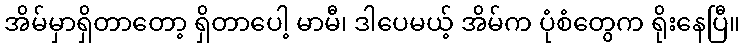
အိမ်မှာရှိတာတော့ ရှိတာပေါ့ မာမီ၊ ဒါပေမယ့် အိမ်က ပုံစံတွေက ရိုးနေပြီ။